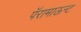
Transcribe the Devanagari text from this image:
पॅरामाऊन्ट